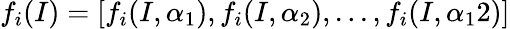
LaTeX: f_{i}(I)=[f_{i}(I,\alpha_{1}),f_{i}(I,\alpha_{2}),...,f_{i}(I,\alpha_{1}2)]